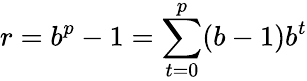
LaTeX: r=b^{p}-1=\sum_{t=0}^{p}(b-1)b^{t}